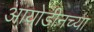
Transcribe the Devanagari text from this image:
आयोडीनच्या